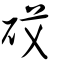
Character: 砹